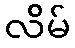
လိမ်